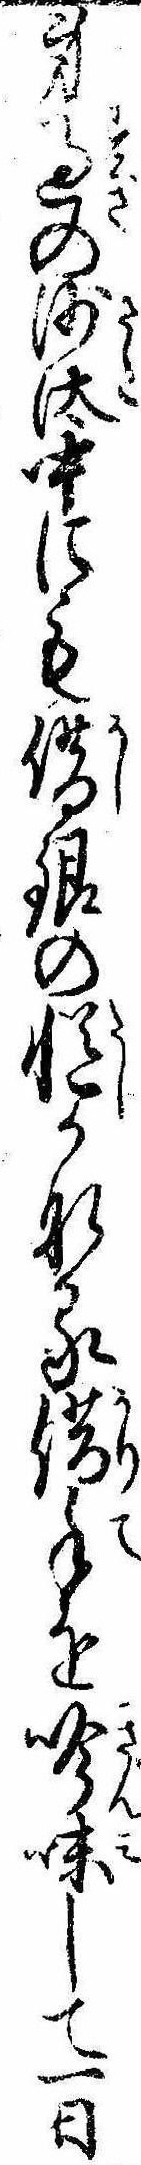
身過の沙汰中にも借銀の慥かなる借手を吟味して一日